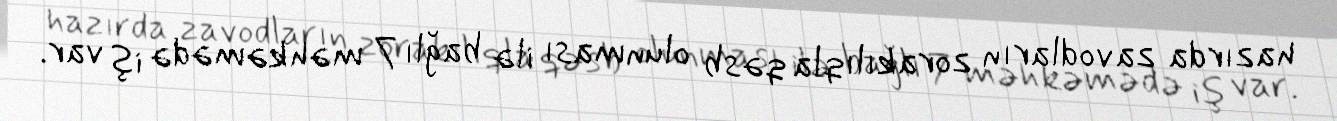
hazırda zavodların zorakılıqla qəsb olunması ilə bağlı 7 məhkəmədə iş var.